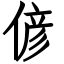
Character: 偐